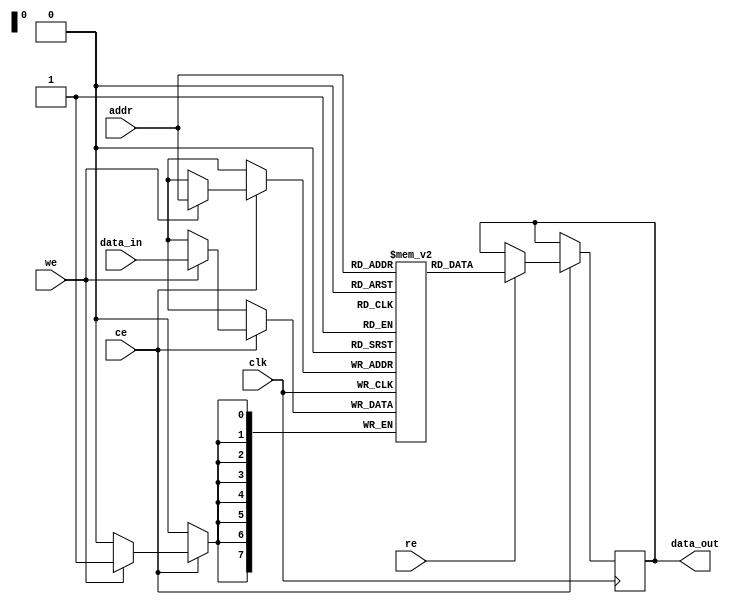
module NVSRAM #(parameter ADDR_WIDTH = 8, DATA_WIDTH = 8, MEM_SIZE = 256) (
    input wire                   clk,
    input wire                   ce,         // Chip Enable
    input wire                   we,         // Write Enable
    input wire                   re,         // Read Enable
    input wire [ADDR_WIDTH-1:0] addr,       // Address input
    input wire [DATA_WIDTH-1:0] data_in,    // Data input
    output reg [DATA_WIDTH-1:0] data_out     // Data output
);

    // Memory array declaration
    reg [DATA_WIDTH-1:0] mem [0:MEM_SIZE-1]; // Create memory array

    // Write operation
    always @(posedge clk) begin
        if (ce) begin
            if (we) begin
                mem[addr] <= data_in; // Write data to the selected address
            end
            if (re) begin
                data_out <= mem[addr]; // Read data from the selected address
            end
        end
    end

    // Non-volatile storage mechanism placeholder
    // In a real design, this would integrate EEPROM/Flash logic
    always @(posedge clk) begin
        if (!ce) begin
            // Code to transfer data from SRAM to non-volatile storage
            // This is a placeholder for actual implementation
        end
    end

    // Placeholder for data retention logic on power loss
    initial begin
        // Logic to retain data when power is lost
        // For actual implementation, a power detect signal would be used
    end

endmodule